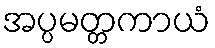
အပ္ပမတ္တကာယံ